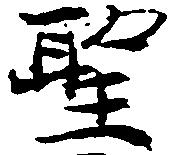
聖